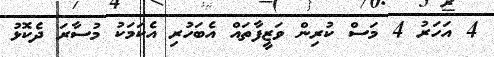
4 އަހަރު 4 މަސް ކުރިން ވަޒީފާތައް އެބަހުރި އެކަމަކު މުސާރަ ދެކޮޅު